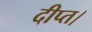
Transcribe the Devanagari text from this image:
दीप्त।